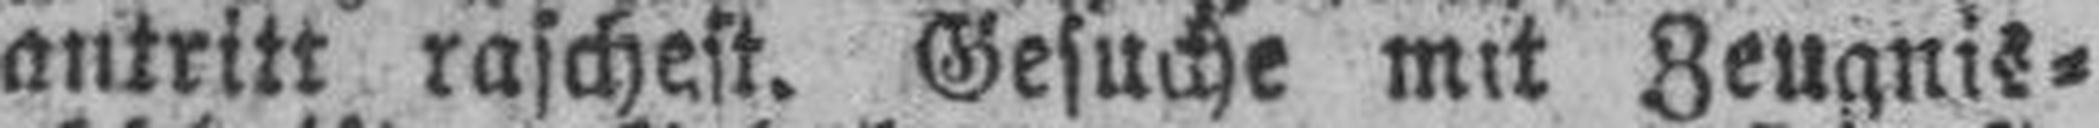
antritt rascheft. Gesuche mit Zeugnis¬